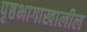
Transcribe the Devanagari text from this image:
पृष्ठभागाखालील